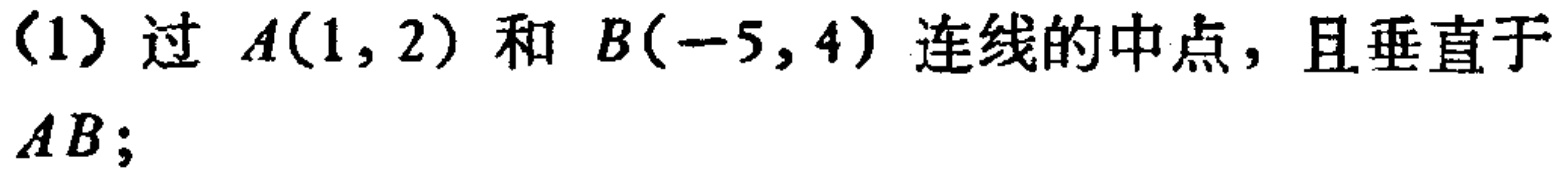
(1) 过 \(A(1,2)\) 和 \(B(-5,4)\) 连线的中点，且垂直于 \(AB\)；